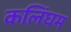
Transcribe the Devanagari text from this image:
कलिंघम